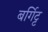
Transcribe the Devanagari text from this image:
बर्गिट्ट